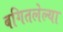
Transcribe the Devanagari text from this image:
बगितलेल्या